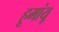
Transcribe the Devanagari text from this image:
हूमांयू